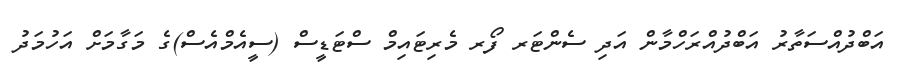
އަބްދުއްސަތާރު އަބްދުއްރަހްމާން އަދި ސެންޓަރ ފޯރ މެރިޓައިމް ސްޓަޑީސް (ސީއެމްއެސް)ގެ މަގާމަށް އަހުމަދު